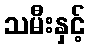
သမီးနှင့်